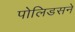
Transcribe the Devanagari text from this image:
पोलिडसने